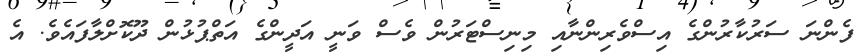
ފެންނަ ސަރުކާރުންގެ އިސްވެރިންނާއި މިނިސްޓަރުން ވެސް ވަނީ އަދީންގެ އަތްޕުޅުން ދޫކޮށްލާފައެވެ. އެ